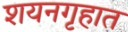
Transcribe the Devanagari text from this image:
शयनगृहात